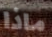
ماذا